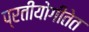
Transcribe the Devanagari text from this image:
प्रतीयोगीतेत